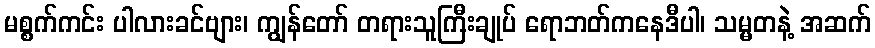
မစ္စက်ကင်း ပါလားခင်ဗျား၊ ကျွန်တော် တရားသူကြီးချုပ် ရောဘတ်ကနေဒီပါ၊ သမ္မတနဲ့ အဆက်